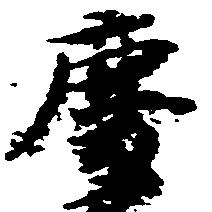
慶